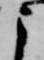
よ